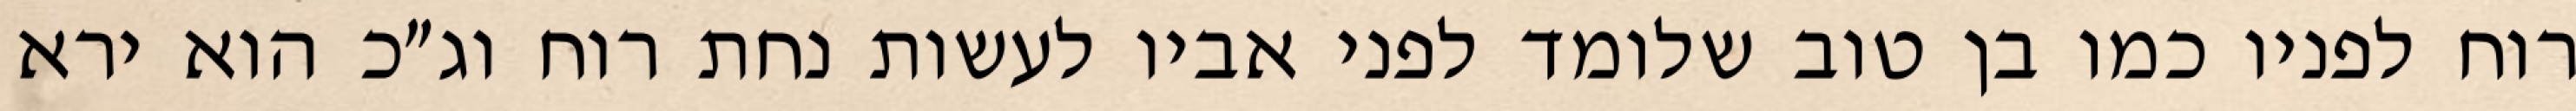
רוח לפניו כמו בן טוב שלומד לפני אביו לעשות נחת רוח וג״כ הוא ירא